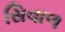
સિવાળ